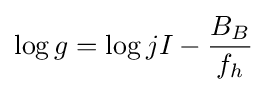
\log g=\log jI-{B_{B} \over f_{h}}